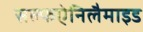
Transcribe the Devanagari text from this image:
सल्फऐनिलैमाइड